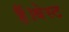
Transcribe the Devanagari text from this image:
हैं।बेस्ट